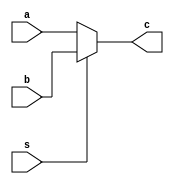
`timescale 1ns/1ns
module Mux(s, a, b, c );
	parameter n = 1;
	input s;
	input[n-1:0] a,b;
	output[n-1:0] c;	

	assign #1 c = s ? b : a;
endmodule